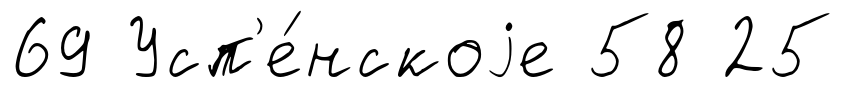
69 Усп'е́нскоjе 58 25